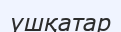
үшқатар